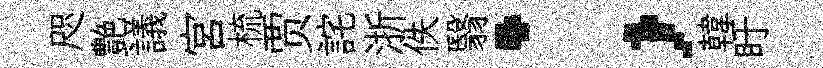
咫艶議宫梳贾詫浙佚翳；韓盱